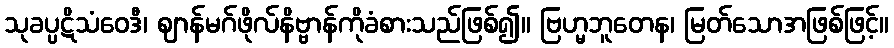
သုခပ္ပဋိသံဝေဒီ၊ ဈာန်မဂ်ဖိုလ်နိဗ္ဗာန်ကိုခံစားသည်ဖြစ်၍။ ဗြဟ္မဘူတေန၊ မြတ်သောအဖြစ်ဖြင့်။